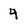
Character: 4